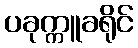
ပခုက္ကူခရိုင်